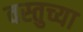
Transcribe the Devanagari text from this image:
वस्तुच्या